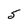
Character: 5